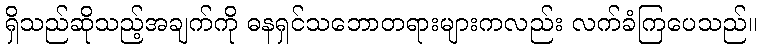
ရှိသည်ဆိုသည့်အချက်ကို ဓနရှင်သဘောတရားများကလည်း လက်ခံကြပေသည်။